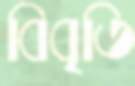
বিবৃতি